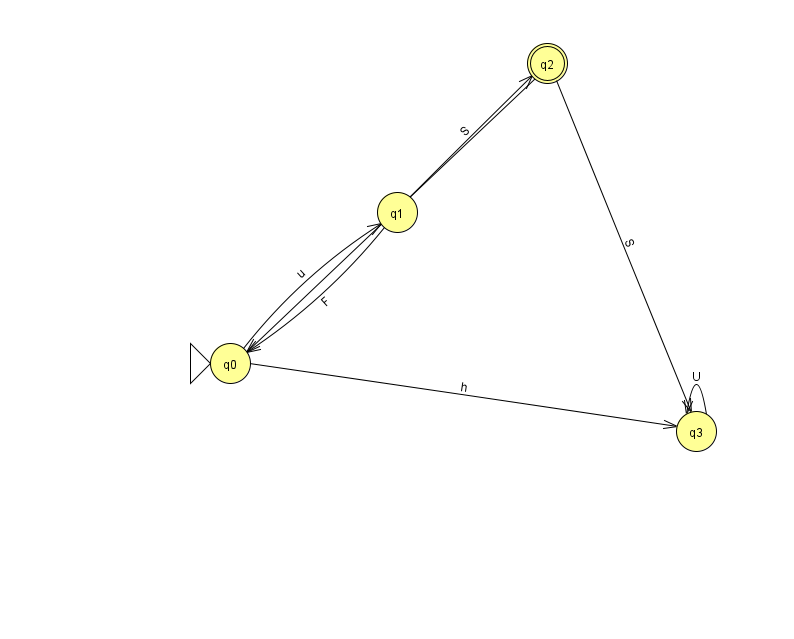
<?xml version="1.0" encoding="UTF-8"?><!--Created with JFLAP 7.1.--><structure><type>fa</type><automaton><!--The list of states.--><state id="0" name="q0"><x>230.0</x><y>350.0</y><initial/></state><state id="1" name="q1"><x>397.0</x><y>199.0</y></state><state id="2" name="q2"><x>547.0</x><y>50.0</y><final/></state><state id="3" name="q3"><x>696.0</x><y>418.0</y></state><!--The list of transitions.--><transition><from>1</from><to>0</to><read>F</read></transition><transition><from>0</from><to>1</to><read>u</read></transition><transition><from>3</from><to>3</to><read>U</read></transition><transition><from>2</from><to>0</to><read>q</read></transition><transition><from>0</from><to>3</to><read>h</read></transition><transition><from>2</from><to>3</to><read>S</read></transition><transition><from>1</from><to>2</to><read>S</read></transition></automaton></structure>